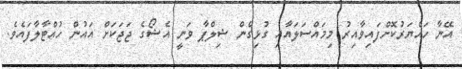
އޭނާ ހައްޔަރުކޮށްފައިވާއިރު މިމައްސަލައާއި ގުޅިގެން ޝިލްޕާ ވަނީ އެޝޯގެ ޖަޖަކަށް އައުން ހުއްޓާލާފައެވެ.